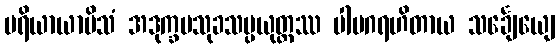
ပရိယာယာမိသံ အဒုက္ခမသုခသမ္ပယုတ္တဿ ပါပဂရဟိတာယ သင်္ချေယျေ